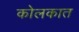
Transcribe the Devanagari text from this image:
कोलकात